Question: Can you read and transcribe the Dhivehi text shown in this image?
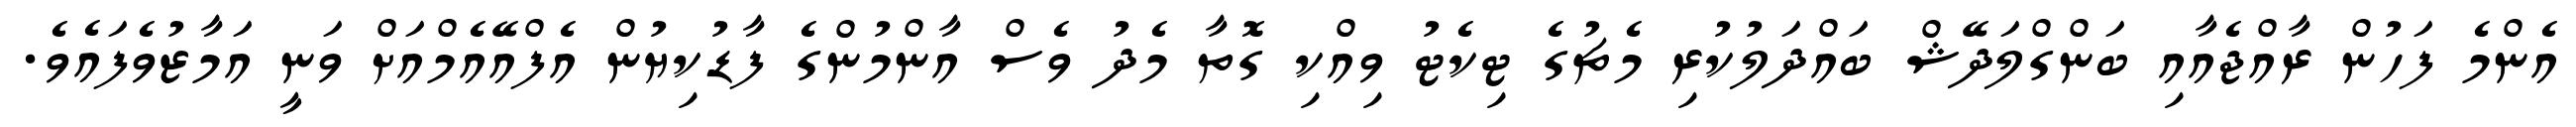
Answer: އެންމެ ފަހުން ރާއްޖެއާއި ބަންގްލަދޭޝް ބައްދަލުކުރި މެޗުގެ ޓިކެޓު ވިއްކި ގޮތާ މެދު ވެސް އާންމުންގެ ފާޑުކިޔުން އެފްއޭއެމްއަށް ވަނީ އަމާޒުވެފައެވެ.